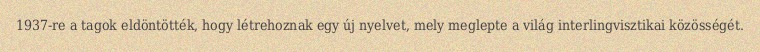
1937-re a tagok eldöntötték, hogy létrehoznak egy új nyelvet, mely meglepte a világ interlingvisztikai közösségét.